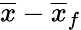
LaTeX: \overline{{x}}-\overline{{x}}_{f}